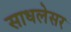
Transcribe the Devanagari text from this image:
साधलेसर